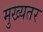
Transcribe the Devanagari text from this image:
मुख्यतर